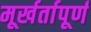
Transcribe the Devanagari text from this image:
मूर्खर्तापूर्ण